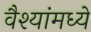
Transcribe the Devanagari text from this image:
वैश्यांमध्ये